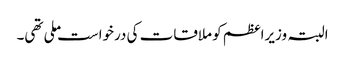
البتہ وزیراعظم کو ملاقات کی درخواست ملی تھی۔